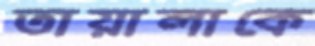
তায়ালাকে